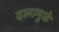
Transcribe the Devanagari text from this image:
दलामुळे